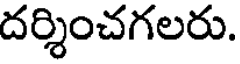
దర్శించగలరు.